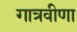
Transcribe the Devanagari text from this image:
गात्रवीणा